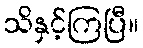
သိနှင့်ကြပြီ။